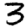
Digit: 3